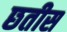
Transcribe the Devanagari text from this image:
छतीस